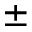
\pm